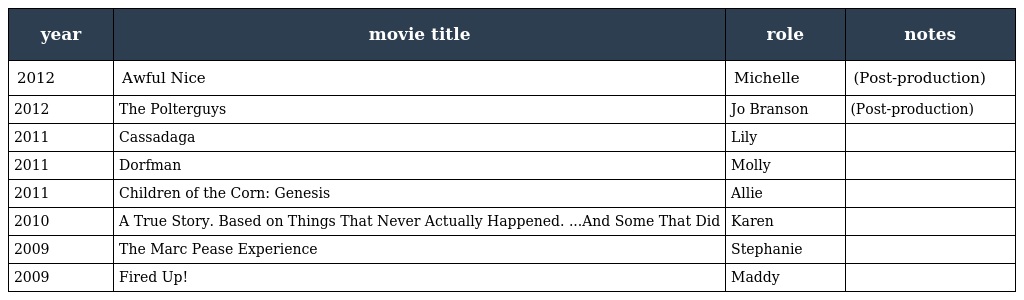
| year | movie title | role | notes |
 | --- | --- | --- | --- |
 | 2012 | Awful Nice | Michelle | (Post-production) |
 | 2012 | The Polterguys | Jo Branson | (Post-production) |
 | 2011 | Cassadaga | Lily |  |
 | 2011 | Dorfman | Molly |  |
 | 2011 | Children of the Corn: Genesis | Allie |  |
 | 2010 | A True Story. Based on Things That Never Actually Happened. ...And Some That Did | Karen |  |
 | 2009 | The Marc Pease Experience | Stephanie |  |
 | 2009 | Fired Up! | Maddy |  |